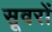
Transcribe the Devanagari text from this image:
सूवरों